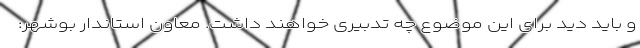
و باید دید برای این موضوع چه تدبیری خواهند داشت. معاون استاندار بوشهر: